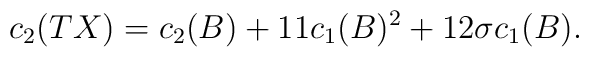
c_2(TX)=c_2(B) + 11c_1(B)^2 + 12\sigma c_1(B).